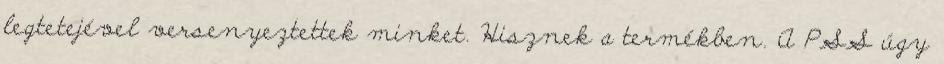
legtetejével versenyeztettek minket. Hisznek a termékben. A PSS úgy